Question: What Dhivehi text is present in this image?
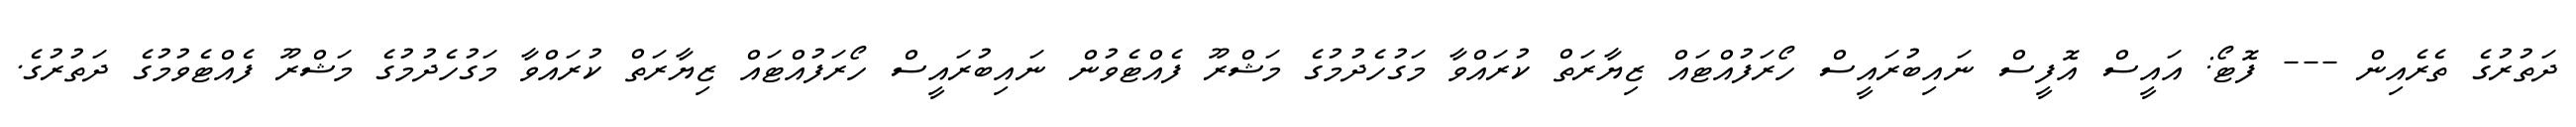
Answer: ދަތުރުގެ ތެރެއިން --- ފޮޓޯ: އައީސް އޮފީސް ނައިބުރައީސް ހޯރަފުއްޓައް ޒިޔާރަތް ކުރައްވާ މަގުހެދުމުގެ މަޝްރޫ ފެއްޓެވުން ނައިބުރައީސް ހޯރަފުއްޓައް ޒިޔާރަތް ކުރައްވާ މަގުހެދުމުގެ މަޝްރޫ ފެއްޓެވުމުގެ ދަތުރުގެ.